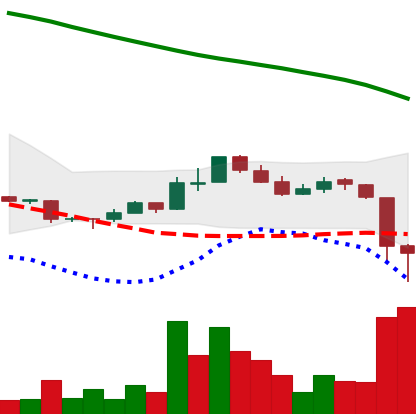
Ticker: ADA-USD
Chart end date: 2018-11-15
Forward return: -29.533%
Label: down_7plus